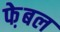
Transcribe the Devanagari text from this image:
फे़बल